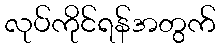
လုပ်ကိုင်ရန်အတွက်